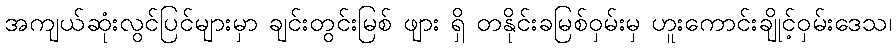
အကျယ်ဆုံးလွင်ပြင်များမှာ ချင်းတွင်းမြစ် ဖျား ရှိ တနိုင်းခမြစ်ဝှမ်းမှ ဟူးကောင်းချိုင့်ဝှမ်းဒေသ၊